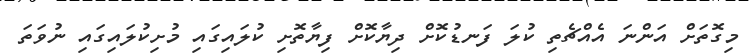
މިގޮތަށް އަންނަ އެއްޗެތި ކުލަ ފަނޑުކޮށް ދިޔާކޮށް ފިޔާތޮށި ކުލައިގައި މުށިކުލައިގައި ނުވަތަ